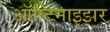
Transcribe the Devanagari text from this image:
ऑप्टिमाइझर